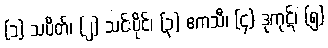
(၁) သပိတ်၊ (၂) သင်းပိုင်၊ (၃) ဧကသီ၊ (၄) ဒုကုဋ်၊ (၅)